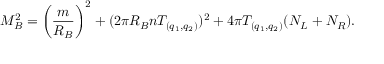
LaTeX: M _ { B } ^ { 2 } = \left( { \frac { m } { R _ { B } } } \right) ^ { 2 } + ( 2 \pi R _ { B } n T _ { ( q _ { 1 } , q _ { 2 } ) } ) ^ { 2 } + 4 \pi T _ { ( q _ { 1 } , q _ { 2 } ) } ( N _ { L } + N _ { R } ) .